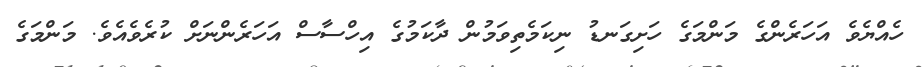
ހެއްޔެވެ އަހަރެންގެ މަންމަގެ ހަށިގަނޑު ނިކަމެތިވަމުން ދާކަމުގެ އިހްސާސް އަހަރެންނަށް ކުރެވެއެވެ. މަންމަގެ